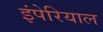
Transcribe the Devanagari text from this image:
इंपेरियाल